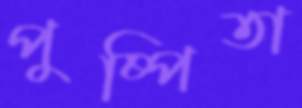
পুষ্পিতা